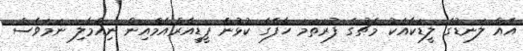
އެއް ލަނޑުގެ ލީޑަކާއެކު މެޗުގެ ފުރަތަމަ ހާފްގެ ކުޅުން ޕީޑީއާރްއެމްއިން ނިއްމާލި ނަމަވެސް